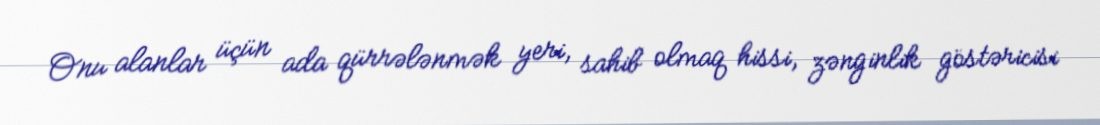
Onu alanlar üçün ada qürrələnmək yeri, sahib olmaq hissi, zənginlik göstəricisi